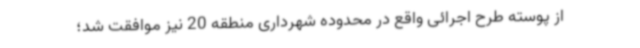
از پوسته طرح اجرائی واقع در محدوده شهرداری منطقه 20 نیز موافقت شد؛